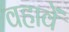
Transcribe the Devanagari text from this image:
वहावें